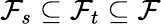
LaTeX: {\mathcal{F}}_{s}\subseteq{\mathcal{F}}_{t}\subseteq{\mathcal{F}}